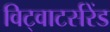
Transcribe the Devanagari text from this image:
विट्वाटर्सरेंड